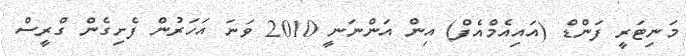
މަނިޓަރީ ފަންޑް (އައިއެމްއެފް) އިން އަންނަނީ 2010 ވަނަ އަހަރުން ފެށިގެން ގްރީސް